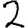
Digit: 2